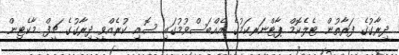
ދިރާގުގެ ފަރާތުން ޓެލެކޮމް ޕާޓްނަރކަމުގެ އެއްބަސްވުމުގައި ސޮއި ކުރެއްވީ ދިރާގުގެ ޗީފް މާކެޓިން